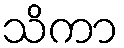
သိကာ